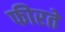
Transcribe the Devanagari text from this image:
फीरते